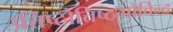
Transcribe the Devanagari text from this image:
उत्तिष्ठोत्तिष्ठगोविन्द